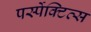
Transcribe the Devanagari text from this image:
पर्स्पेक्टिव्स